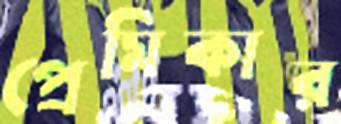
প্রেমিকার